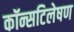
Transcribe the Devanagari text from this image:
कॉन्सटिलेषण